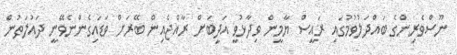
ނޫސްވެރިންގެ ބައްދަލުވުމުގައި ރައީސް ޔާމީން ވިދާޅުވީ އަދީބަށް ރާއްޖެއިން ބޭރަށް ވަޑައިގެންނެވޭނީ ދައުލަތުން